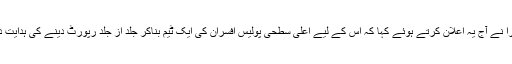
مسٹر گلهوترا نے آج یہ اعلان کرتے ہوئے کہا کہ اس کے لیے اعلی سطحی پولیس افسران کی ایک ٹیم بناکر جلد از جلد رپورٹ دینے کی ہدایت دی گئی ہے۔